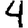
Digit: 4